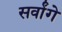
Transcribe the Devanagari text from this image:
सर्वांगे